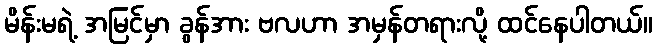
မိန်းမရဲ့ အမြင်မှာ ခွန်အား ဗလဟာ အမှန်တရားလို့ ထင်နေပါတယ်။